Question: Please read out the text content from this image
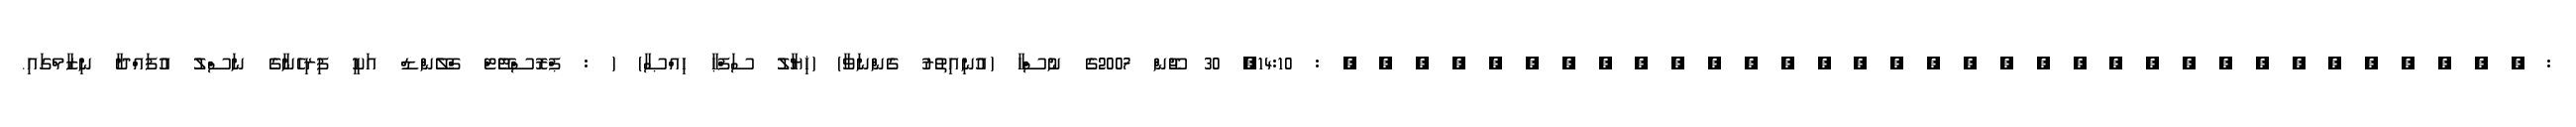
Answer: : , , , , , , , , , , , , , , , , , , , , , , , , , , , , , , , , , : 14:10, 30 ޖޫން 2007ގެ ނުސްހާ (އުނިއިތުރު ގެންނަވާ) (ޚިޔާލު ސަފްޙާ ޙިއްޞާ) ( : ޕްރޮސްޓޭޓް ގްލޭންޑް އަކީ ފިރިހެނާގެ ނަސްލު އުފައްދާ ނިޒާމްގައި.